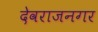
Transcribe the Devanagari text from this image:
देवराजनगर